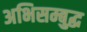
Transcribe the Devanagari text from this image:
अभिसम्बुद्ध